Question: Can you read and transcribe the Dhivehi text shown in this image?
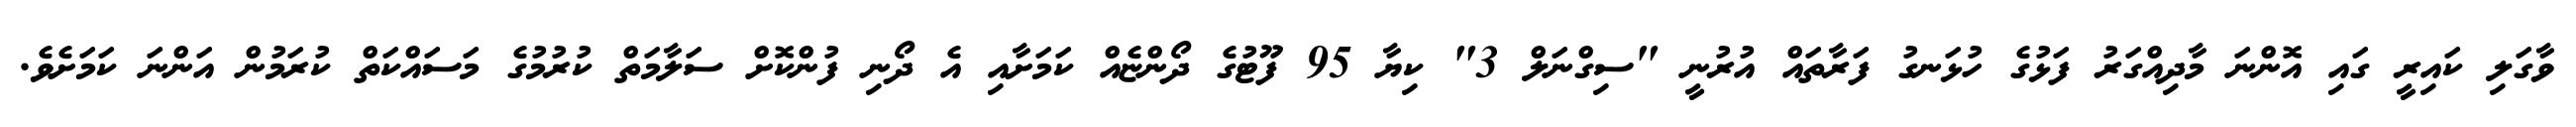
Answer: ވާގަލި ކައިރީ ގައި އޮންނަ މާދިއްގަރު ފަޅުގެ ހުޅަނގު ފަރާތައް އުރުނީ "ސިގްނަލް 3" ކިޔާ 95 ފޫޓުގެ ދޯންޏެއް ކަމަށާއި އެ ދޯނި ފުންކޮށް ސަލާމަތް ކުރުމުގެ މަސައްކަތް ކުރަމުން އަންނަ ކަމަށެވެ.